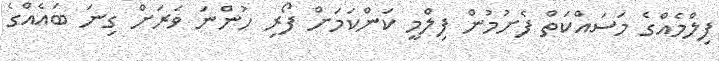
ފިލްމެއްގެ މަސައްކަތް ފެށުމުން ފިލްމީ ކަންކަމަށް ފޯރި ހުންނަ ވަރަށް ގިނަ ބައެއްގެ